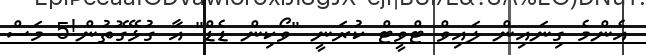
އެންމެ ގިނައިން ލައިވް ޓްވީޓް ކުރަނީ "ވޯކިން ޑެޑް" އާ ގުޅޭގޮތުން!5 މަސް